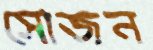
সোজন